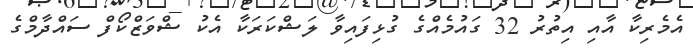
އެމެރިކާ އާއި އިތުރު 32 ގައުމެއްގެ ގުޅިފައިވާ ލަޝްކަރަކާ އެކު ޝްވަޒްކޯފް ސައްދާމްގެ